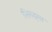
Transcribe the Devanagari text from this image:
सिरुइया